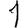
Digit: 1